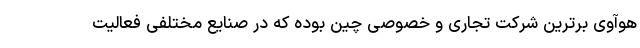
هوآوی برترین شرکت تجاری و خصوصی چین بوده که در صنایع مختلفی فعالیت